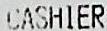
CASHIER